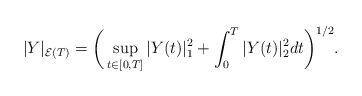
\begin{align*}|Y|_{\mathcal{E}(T)} = \bigg( \sup_{t \in [0,T]}|Y(t)|_1^2 + \int_0^T |Y(t)|_2^2dt \bigg)^{1/2}.\end{align*}